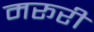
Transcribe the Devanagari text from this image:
मरूरी